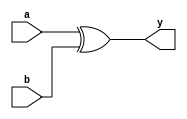
module xor4(input [3:0] a, input [3:0] b, output [3:0] y);
  assign y = a ^ b;
endmodule